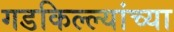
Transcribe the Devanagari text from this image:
गडकिल्ल्यांच्या